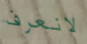
لانعرف